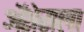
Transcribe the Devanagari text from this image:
ॲशेसला